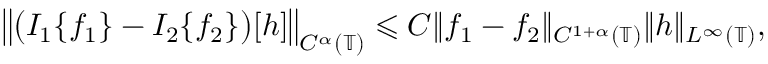
\begin{array} { r } { \left\| \big ( I _ { 1 } \{ f _ { 1 } \} - I _ { 2 } \{ f _ { 2 } \} \big ) [ h ] \right\| _ { C ^ { \alpha } ( \mathbb { T } ) } \leqslant C \| f _ { 1 } - f _ { 2 } \| _ { C ^ { 1 + \alpha } ( \mathbb { T } ) } \| h \| _ { L ^ { \infty } ( \mathbb { T } ) } , } \end{array}